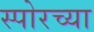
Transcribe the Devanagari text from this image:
स्पोरच्या